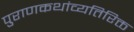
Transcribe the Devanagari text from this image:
पुराणकथांव्यतिरिक्त